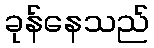
ခုန်နေသည်